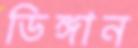
ডিঙ্গান